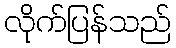
လိုက်ပြန်သည်